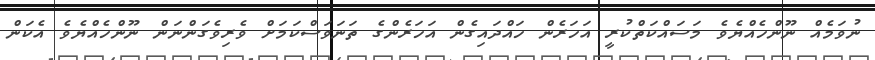
ނުވަމެއް ނޫންހެއްޔެވެ މަސައްކަތްކުރީ އަހަރެން ހައްދައިގެން އަހަރެންގެ ތަނަވަސްކަމަށް ވެރިވެގަންނަން ނޫންހެއްޔެވެ އެކަން